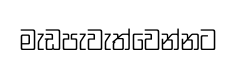
මැඩපැවැත්වෙන්නට